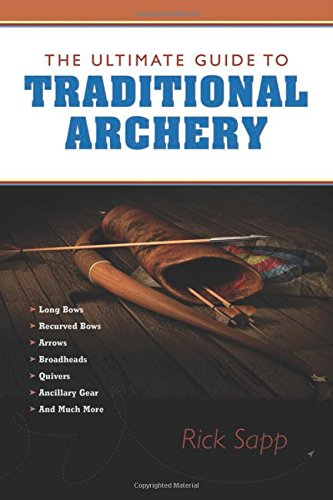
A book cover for The Ultimate Guide to Traditional Archery; Rick Sapp; Sports & Outdoors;